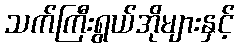
သက်ကြီးရွယ်အိုများနှင့်